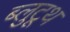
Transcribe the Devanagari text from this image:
ब्लुटूथ